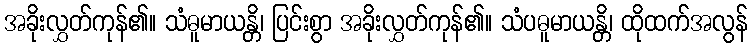
အခိုးလွှတ်ကုန်၏။ သံဓူမာယန္တိ၊ ပြင်းစွာ အခိုးလွှတ်ကုန်၏။ သံပဓူမာယန္တိ၊ ထိုထက်အလွန်